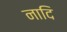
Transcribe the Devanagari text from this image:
नादि